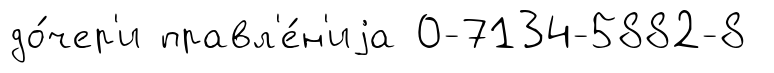
до́чер'и правл'е́н'иjа 0-7134-5882-8